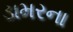
ડામરના